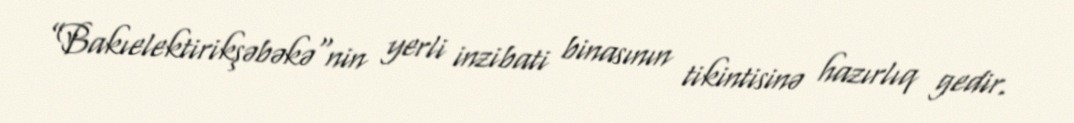
”Bakıelektirikşəbəkə"nin yerli inzibati binasının tikintisinə hazırlıq gedir.